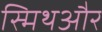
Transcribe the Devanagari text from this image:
स्मिथऔर